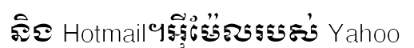
និង Hotmail។អ៊ីម៉ែលរបស់ Yahoo